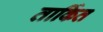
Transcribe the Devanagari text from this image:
तार्कित